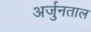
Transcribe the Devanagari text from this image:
अर्जुनताल